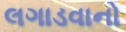
લગાડવાનો